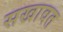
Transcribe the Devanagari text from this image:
सखावत